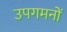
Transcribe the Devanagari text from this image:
उपगमनों